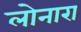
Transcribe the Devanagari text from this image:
लोनारा